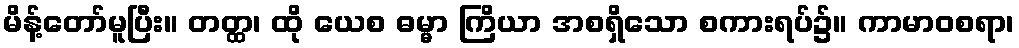
မိန့်တော်မူပြီး။ တတ္ထ၊ ထို ယေစ ဓမ္မာ ကြိယာ အစရှိသော စကားရပ်၌။ ကာမာဝစရာ၊